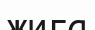
жига